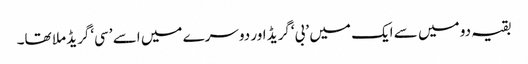
بقیہ دو میں سے ایک میں ’بی‘گریڈ اور دوسرے میں اسے ’سی‘گریڈ ملا تھا۔